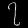
Digit: ၇